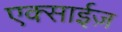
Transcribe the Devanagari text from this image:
एक्साईज़